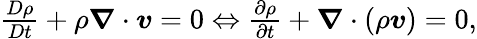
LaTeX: \begin{array}{r}{\frac{D\rho}{Dt}+\rho\boldsymbol{\nabla}\cdot\boldsymbol{v}=0\Leftrightarrow\frac{\partial\rho}{\partial t}+\boldsymbol{\nabla}\cdot\left(\rho\boldsymbol{v}\right)=0,}\end{array}